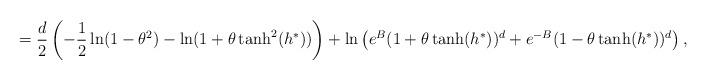
LaTeX: \begin{align*}=\frac{d}{2}\left(-\frac{1}{2}\ln(1-\theta^2)-\ln(1+\theta \tanh^2(h^*))\right)+\ln \left(e^B(1+\theta \tanh(h^*))^d+e^{-B}(1-\theta \tanh(h^*))^d\right),\end{align*}